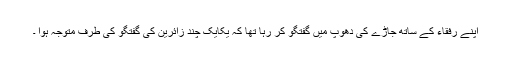
اپنے رفقاء کے ساتھ جاڑے کی دھوپ میں گفتگو کر رہا تھا کہ یکایک چند زائرین کی گفتگو کی طرف متوجہ ہوا ۔